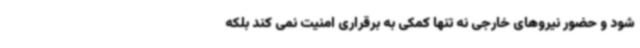
شود و حضور نیروهای خارجی نه تنها کمکی به برقراری امنیت نمی کند بلکه